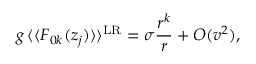
g \, \langle \langle F _ { 0 k } ( z _ { j } ) \rangle \rangle ^ { \mathrm { L R } } = \sigma \frac { r ^ { k } } { r } + O ( v ^ { 2 } ) ,